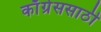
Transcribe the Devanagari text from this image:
काँग्रेससाठी